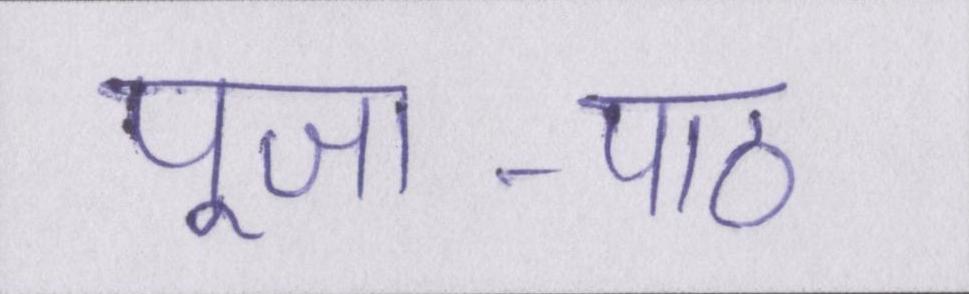
पूजा-पाठ